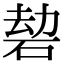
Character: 䂲